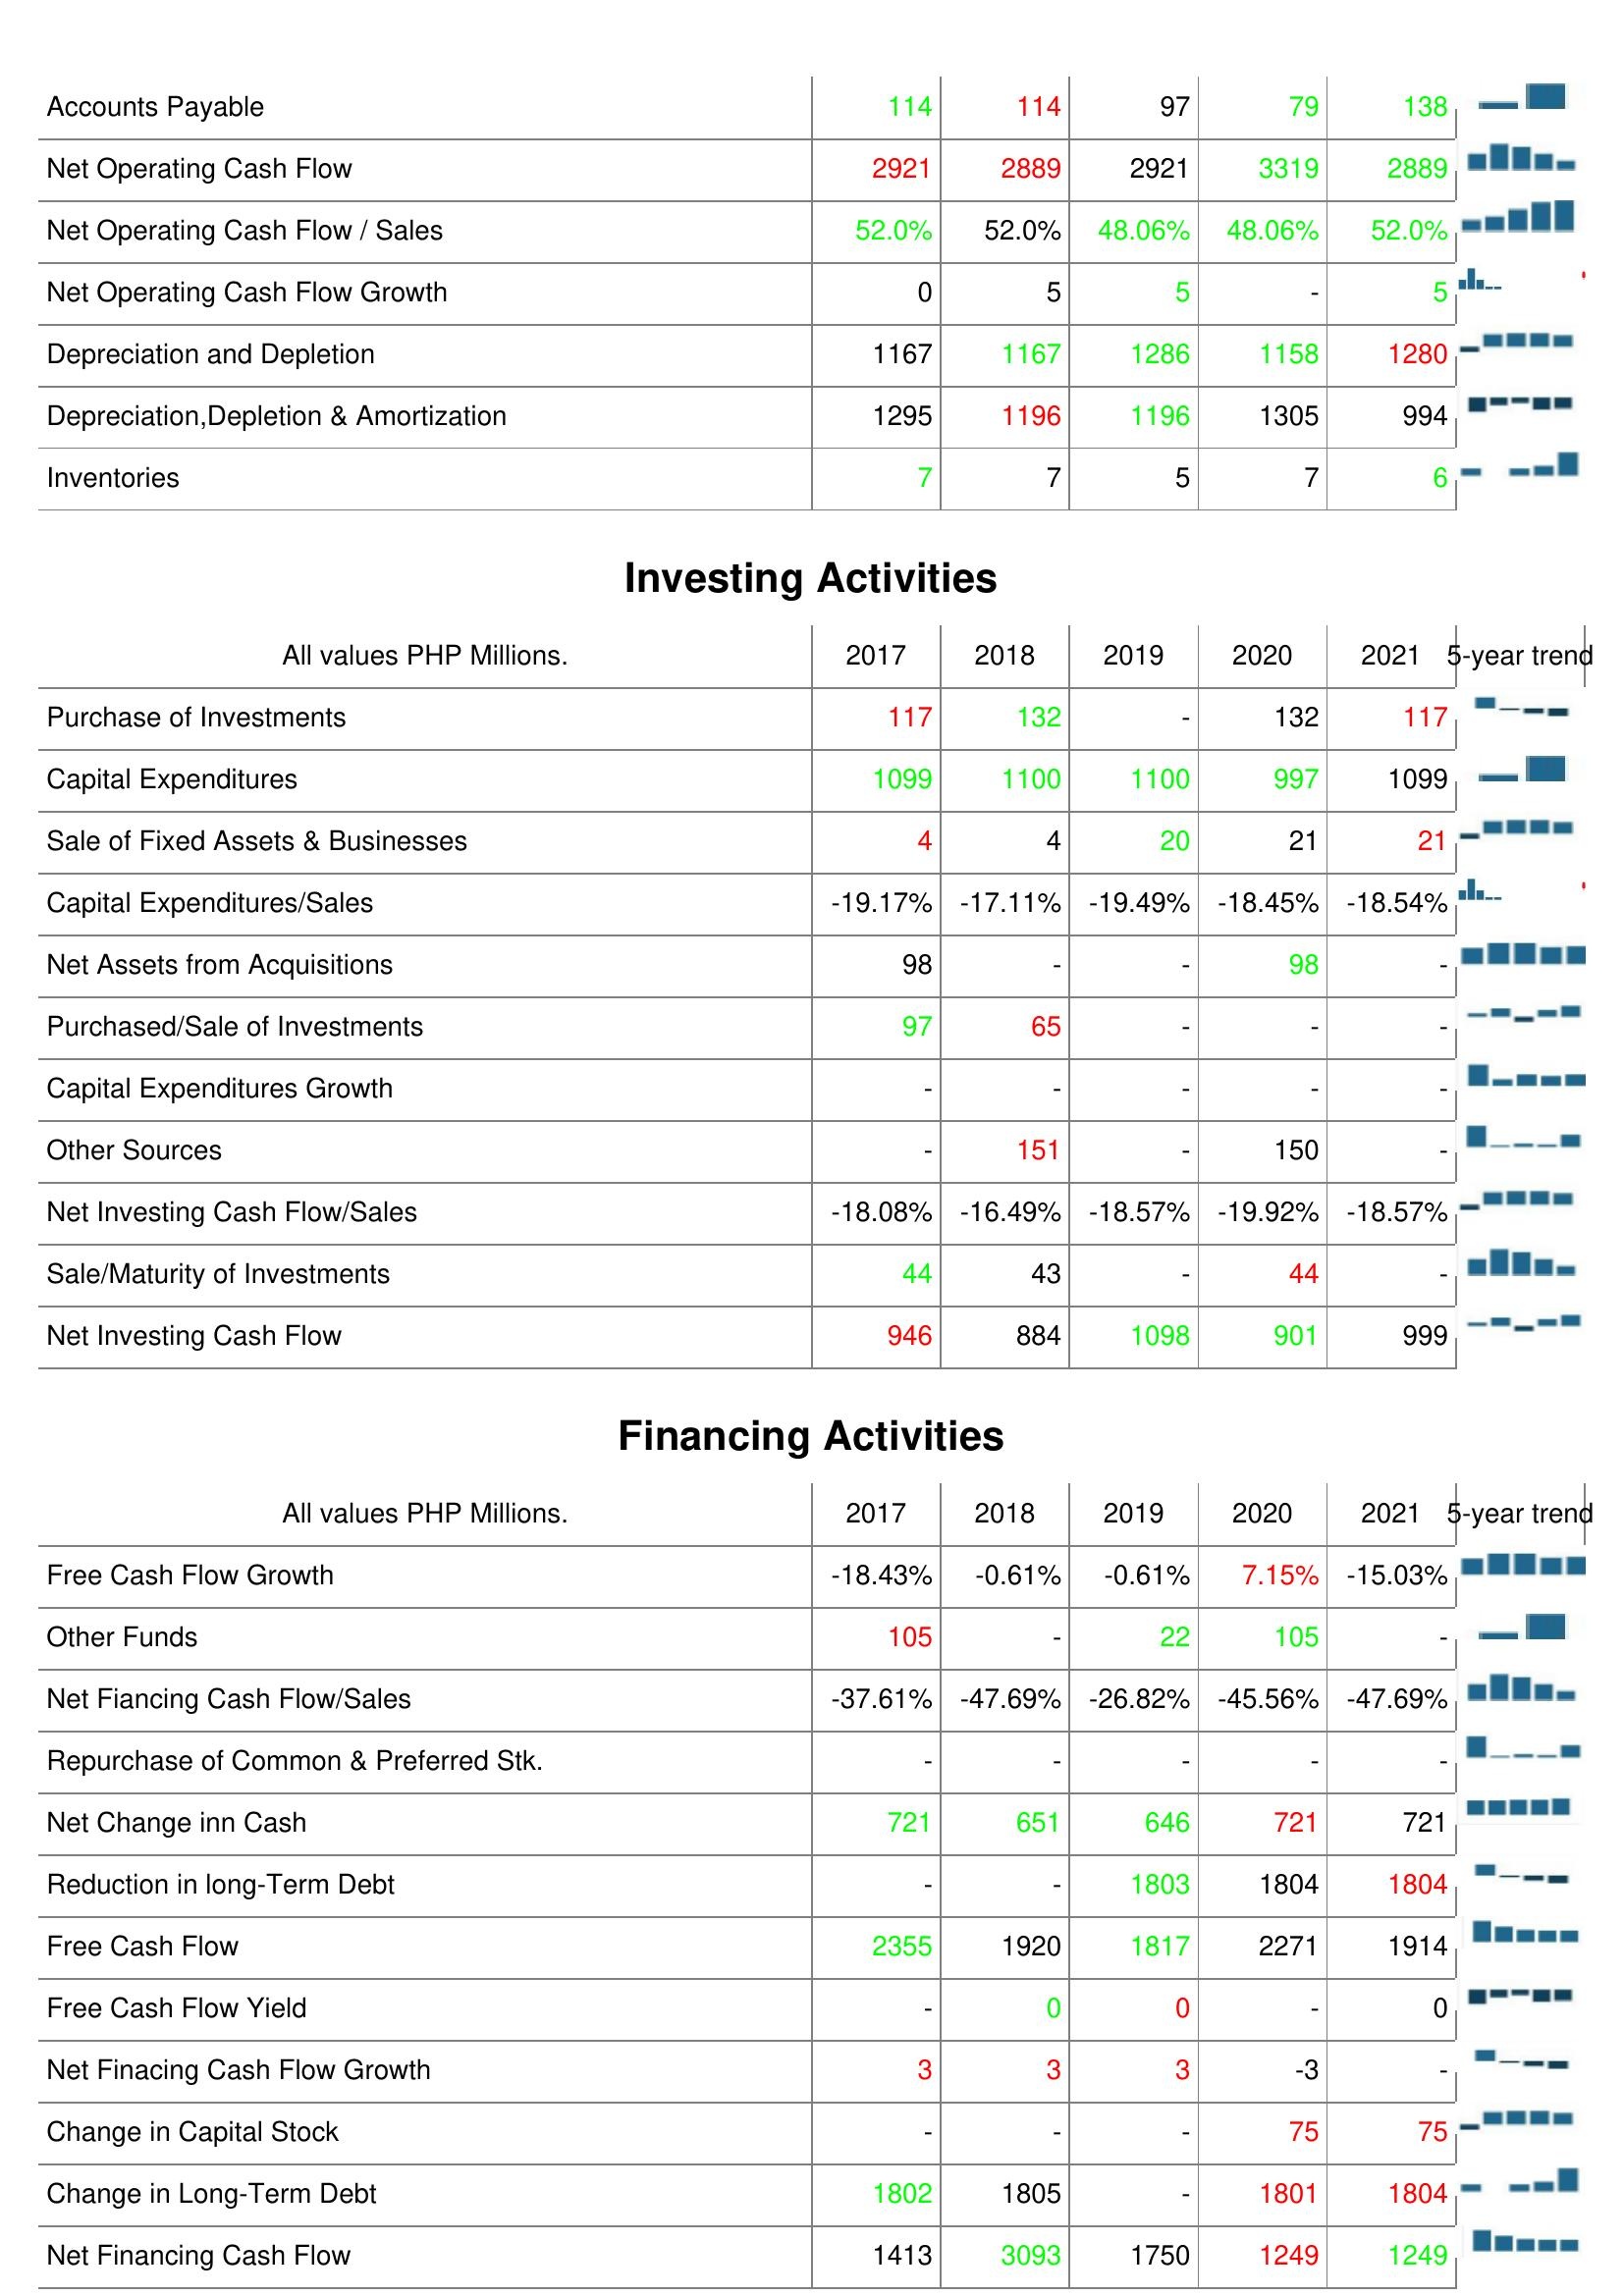
2017: Operating Activities: Accounts Payable: 114
Net Operating Cash Flow: 2921
Net Operating Cash Flow / Sales: 52.0%
Net Operating Cash Flow Growth: 0
Depreciation and Depletion: 1167
Depreciation,Depletion & Amortization: 1295
Inventories: 7
Investing Activities: Purchase of Investments: 117
Capital Expenditures: 1099
Sale of Fixed Assets & Businesses: 4
Capital Expenditures/Sales: -19.17%
Net Assets from Acquisitions: 98
Purchased/Sale of Investments: 97
Capital Expenditures Growth: -
Other Sources: -
Net Investing Cash Flow/Sales: -18.08%
Sale/Maturity of Investments: 44
Net Investing Cash Flow: 946
Financing Activities: Free Cash Flow Growth: -18.43%
Other Funds: 105
Net Fiancing Cash Flow/Sales: -37.61%
Repurchase of Common & Preferred Stk.: -
Net Change inn Cash: 721
Reduction in long-Term Debt: -
Free Cash Flow: 2355
Free Cash Flow Yield: -
Net Finacing Cash Flow Growth: 3
Change in Capital Stock: -
Change in Long-Term Debt: 1802
Net Financing Cash Flow: 1413
2018: Operating Activities: Accounts Payable: 114
Net Operating Cash Flow: 2889
Net Operating Cash Flow / Sales: 52.0%
Net Operating Cash Flow Growth: 5
Depreciation and Depletion: 1167
Depreciation,Depletion & Amortization: 1196
Inventories: 7
Investing Activities: Purchase of Investments: 132
Capital Expenditures: 1100
Sale of Fixed Assets & Businesses: 4
Capital Expenditures/Sales: -17.11%
Net Assets from Acquisitions: -
Purchased/Sale of Investments: 65
Capital Expenditures Growth: -
Other Sources: 151
Net Investing Cash Flow/Sales: -16.49%
Sale/Maturity of Investments: 43
Net Investing Cash Flow: 884
Financing Activities: Free Cash Flow Growth: -0.61%
Other Funds: -
Net Fiancing Cash Flow/Sales: -47.69%
Repurchase of Common & Preferred Stk.: -
Net Change inn Cash: 651
Reduction in long-Term Debt: -
Free Cash Flow: 1920
Free Cash Flow Yield: 0
Net Finacing Cash Flow Growth: 3
Change in Capital Stock: -
Change in Long-Term Debt: 1805
Net Financing Cash Flow: 3093
2019: Operating Activities: Accounts Payable: 97
Net Operating Cash Flow: 2921
Net Operating Cash Flow / Sales: 48.06%
Net Operating Cash Flow Growth: 5
Depreciation and Depletion: 1286
Depreciation,Depletion & Amortization: 1196
Inventories: 5
Investing Activities: Purchase of Investments: -
Capital Expenditures: 1100
Sale of Fixed Assets & Businesses: 20
Capital Expenditures/Sales: -19.49%
Net Assets from Acquisitions: -
Purchased/Sale of Investments: -
Capital Expenditures Growth: -
Other Sources: -
Net Investing Cash Flow/Sales: -18.57%
Sale/Maturity of Investments: -
Net Investing Cash Flow: 1098
Financing Activities: Free Cash Flow Growth: -0.61%
Other Funds: 22
Net Fiancing Cash Flow/Sales: -26.82%
Repurchase of Common & Preferred Stk.: -
Net Change inn Cash: 646
Reduction in long-Term Debt: 1803
Free Cash Flow: 1817
Free Cash Flow Yield: 0
Net Finacing Cash Flow Growth: 3
Change in Capital Stock: -
Change in Long-Term Debt: -
Net Financing Cash Flow: 1750
2020: Operating Activities: Accounts Payable: 79
Net Operating Cash Flow: 3319
Net Operating Cash Flow / Sales: 48.06%
Net Operating Cash Flow Growth: -
Depreciation and Depletion: 1158
Depreciation,Depletion & Amortization: 1305
Inventories: 7
Investing Activities: Purchase of Investments: 132
Capital Expenditures: 997
Sale of Fixed Assets & Businesses: 21
Capital Expenditures/Sales: -18.45%
Net Assets from Acquisitions: 98
Purchased/Sale of Investments: -
Capital Expenditures Growth: -
Other Sources: 150
Net Investing Cash Flow/Sales: -19.92%
Sale/Maturity of Investments: 44
Net Investing Cash Flow: 901
Financing Activities: Free Cash Flow Growth: 7.15%
Other Funds: 105
Net Fiancing Cash Flow/Sales: -45.56%
Repurchase of Common & Preferred Stk.: -
Net Change inn Cash: 721
Reduction in long-Term Debt: 1804
Free Cash Flow: 2271
Free Cash Flow Yield: -
Net Finacing Cash Flow Growth: -3
Change in Capital Stock: 75
Change in Long-Term Debt: 1801
Net Financing Cash Flow: 1249
2021: Operating Activities: Accounts Payable: 138
Net Operating Cash Flow: 2889
Net Operating Cash Flow / Sales: 52.0%
Net Operating Cash Flow Growth: 5
Depreciation and Depletion: 1280
Depreciation,Depletion & Amortization: 994
Inventories: 6
Investing Activities: Purchase of Investments: 117
Capital Expenditures: 1099
Sale of Fixed Assets & Businesses: 21
Capital Expenditures/Sales: -18.54%
Net Assets from Acquisitions: -
Purchased/Sale of Investments: -
Capital Expenditures Growth: -
Other Sources: -
Net Investing Cash Flow/Sales: -18.57%
Sale/Maturity of Investments: -
Net Investing Cash Flow: 999
Financing Activities: Free Cash Flow Growth: -15.03%
Other Funds: -
Net Fiancing Cash Flow/Sales: -47.69%
Repurchase of Common & Preferred Stk.: -
Net Change inn Cash: 721
Reduction in long-Term Debt: 1804
Free Cash Flow: 1914
Free Cash Flow Yield: 0
Net Finacing Cash Flow Growth: -
Change in Capital Stock: 75
Change in Long-Term Debt: 1804
Net Financing Cash Flow: 1249